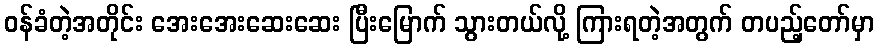
ဝန်ခံတဲ့အတိုင်း အေးအေးဆေးဆေး ပြီးမြောက် သွားတယ်လို့ ကြားရတဲ့အတွက် တပည့်တော်မှာ